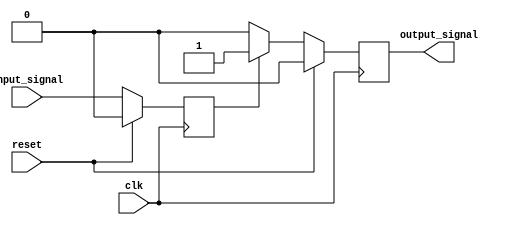
module latch_delay #(
    parameter setup_time = 10, // Setup time for latch
    parameter hold_time = 5    // Hold time for latch
)(
    input wire clk,            // Clock signal
    input wire reset,          // Reset signal
    input wire input_signal,   // Input signal to be delayed
    output reg output_signal   // Output signal delayed
);

reg stored_signal; // Internal signal to store input

always @(posedge clk) begin
    if (reset) begin
        stored_signal <= 1'b0;
    end else begin
        stored_signal <= input_signal; // Store input signal
    end
end

always @(posedge clk) begin
    if (reset) begin
        output_signal <= 1'b0;
    end else if ((setup_time > hold_time) && (stored_signal == 1'b0)) begin
        output_signal <= 1'b0; // Delayed output
    end else begin
        output_signal <= stored_signal; // Propagate stored signal
    end
end

endmodule